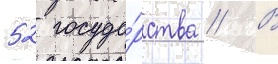
52 госуда́рства // В